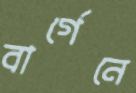
বার্গেনে